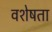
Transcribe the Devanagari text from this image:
वशेषता